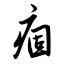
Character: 痼